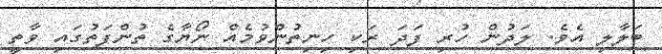
ބަލާލި އެވެ. ލަދުން ހުރި ފަދަ ރަކި ހިނިތުންވުމެއް ނޯޔާގެ ތުންފަތުގައި ވާތީ